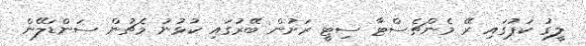
ލީގު ކަޕުގައި ރޭ މެންޗެސްޓާ ސިޓީ ރަށުން ބޭރުގައި ކުޅުނު މެޗުން ސަންޑަލޭން